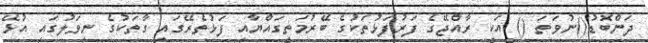
ދަންބޮޑު()ނުވަތަ () އަކީ ރާއްޖޭގެ ފަރުފަޅުތަކުގެ ބޭރުމަތީގައްޔާއި ފަޅުތެރޭގައި ގާތަކުގެ ނިވަލުގައި އުޅޭ